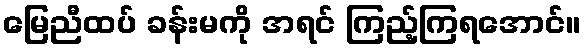
မြေညီထပ် ခန်းမကို အရင် ကြည့်ကြရအောင်။